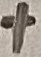
Text: +